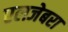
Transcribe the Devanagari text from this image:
एलजेबरा